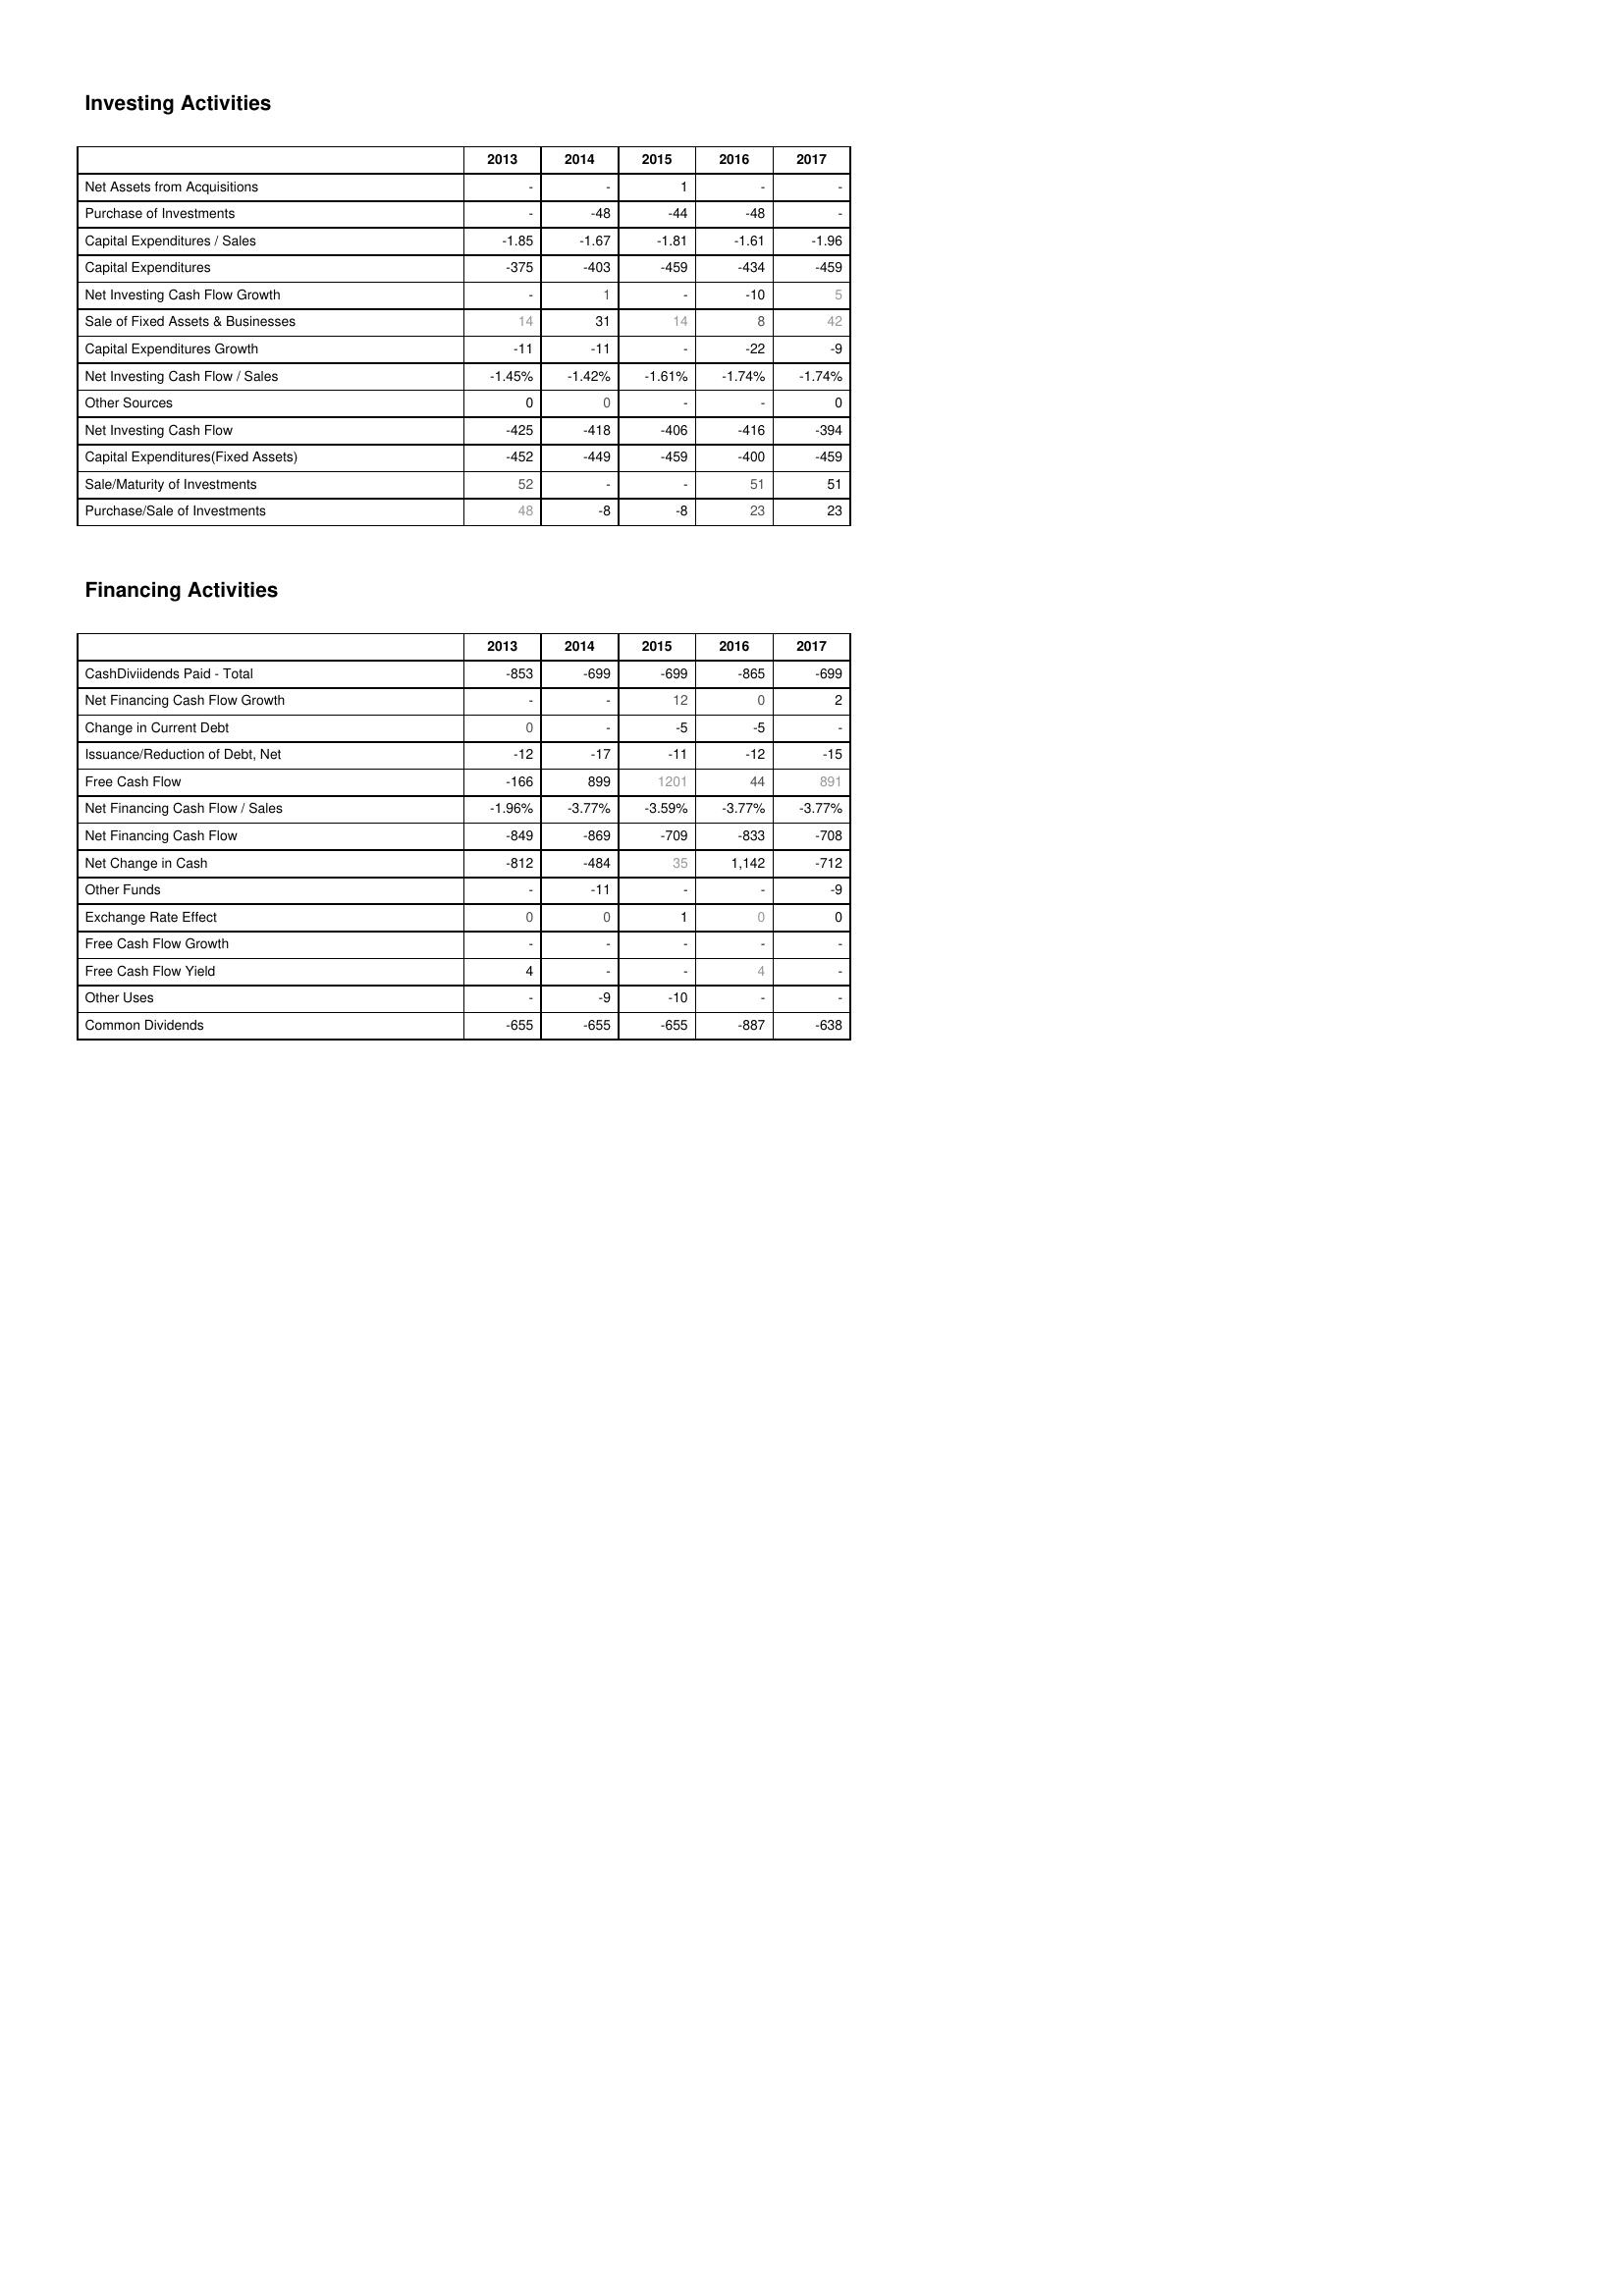
2013: Investing Activities: Net Assets from Acquisitions: -
Purchase of Investments: -
Capital Expenditures / Sales: -1.85
Capital Expenditures: -375
Net Investing Cash Flow Growth: -
Sale of Fixed Assets & Businesses: 14
Capital Expenditures Growth: -11
Net Investing Cash Flow / Sales: -1.45%
Other Sources: 0
Net Investing Cash Flow: -425
Capital Expenditures(Fixed Assets): -452
Sale/Maturity of Investments: 52
Purchase/Sale of Investments: 48
Financing Activities: CashDiviidends Paid - Total: -853
Net Financing Cash Flow Growth: -
Change in Current Debt: 0
Issuance/Reduction of Debt, Net: -12
Free Cash Flow: -166
Net Financing Cash Flow / Sales: -1.96%
Net Financing Cash Flow: -849
Net Change in Cash: -812
Other Funds: -
Exchange Rate Effect: 0
Free Cash Flow Growth: -
Free Cash Flow Yield: 4
Other Uses: -
Common Dividends: -655
2014: Investing Activities: Net Assets from Acquisitions: -
Purchase of Investments: -48
Capital Expenditures / Sales: -1.67
Capital Expenditures: -403
Net Investing Cash Flow Growth: 1
Sale of Fixed Assets & Businesses: 31
Capital Expenditures Growth: -11
Net Investing Cash Flow / Sales: -1.42%
Other Sources: 0
Net Investing Cash Flow: -418
Capital Expenditures(Fixed Assets): -449
Sale/Maturity of Investments: -
Purchase/Sale of Investments: -8
Financing Activities: CashDiviidends Paid - Total: -699
Net Financing Cash Flow Growth: -
Change in Current Debt: -
Issuance/Reduction of Debt, Net: -17
Free Cash Flow: 899
Net Financing Cash Flow / Sales: -3.77%
Net Financing Cash Flow: -869
Net Change in Cash: -484
Other Funds: -11
Exchange Rate Effect: 0
Free Cash Flow Growth: -
Free Cash Flow Yield: -
Other Uses: -9
Common Dividends: -655
2015: Investing Activities: Net Assets from Acquisitions: 1
Purchase of Investments: -44
Capital Expenditures / Sales: -1.81
Capital Expenditures: -459
Net Investing Cash Flow Growth: -
Sale of Fixed Assets & Businesses: 14
Capital Expenditures Growth: -
Net Investing Cash Flow / Sales: -1.61%
Other Sources: -
Net Investing Cash Flow: -406
Capital Expenditures(Fixed Assets): -459
Sale/Maturity of Investments: -
Purchase/Sale of Investments: -8
Financing Activities: CashDiviidends Paid - Total: -699
Net Financing Cash Flow Growth: 12
Change in Current Debt: -5
Issuance/Reduction of Debt, Net: -11
Free Cash Flow: 1201
Net Financing Cash Flow / Sales: -3.59%
Net Financing Cash Flow: -709
Net Change in Cash: 35
Other Funds: -
Exchange Rate Effect: 1
Free Cash Flow Growth: -
Free Cash Flow Yield: -
Other Uses: -10
Common Dividends: -655
2016: Investing Activities: Net Assets from Acquisitions: -
Purchase of Investments: -48
Capital Expenditures / Sales: -1.61
Capital Expenditures: -434
Net Investing Cash Flow Growth: -10
Sale of Fixed Assets & Businesses: 8
Capital Expenditures Growth: -22
Net Investing Cash Flow / Sales: -1.74%
Other Sources: -
Net Investing Cash Flow: -416
Capital Expenditures(Fixed Assets): -400
Sale/Maturity of Investments: 51
Purchase/Sale of Investments: 23
Financing Activities: CashDiviidends Paid - Total: -865
Net Financing Cash Flow Growth: 0
Change in Current Debt: -5
Issuance/Reduction of Debt, Net: -12
Free Cash Flow: 44
Net Financing Cash Flow / Sales: -3.77%
Net Financing Cash Flow: -833
Net Change in Cash: 1,142
Other Funds: -
Exchange Rate Effect: 0
Free Cash Flow Growth: -
Free Cash Flow Yield: 4
Other Uses: -
Common Dividends: -887
2017: Investing Activities: Net Assets from Acquisitions: -
Purchase of Investments: -
Capital Expenditures / Sales: -1.96
Capital Expenditures: -459
Net Investing Cash Flow Growth: 5
Sale of Fixed Assets & Businesses: 42
Capital Expenditures Growth: -9
Net Investing Cash Flow / Sales: -1.74%
Other Sources: 0
Net Investing Cash Flow: -394
Capital Expenditures(Fixed Assets): -459
Sale/Maturity of Investments: 51
Purchase/Sale of Investments: 23
Financing Activities: CashDiviidends Paid - Total: -699
Net Financing Cash Flow Growth: 2
Change in Current Debt: -
Issuance/Reduction of Debt, Net: -15
Free Cash Flow: 891
Net Financing Cash Flow / Sales: -3.77%
Net Financing Cash Flow: -708
Net Change in Cash: -712
Other Funds: -9
Exchange Rate Effect: 0
Free Cash Flow Growth: -
Free Cash Flow Yield: -
Other Uses: -
Common Dividends: -638